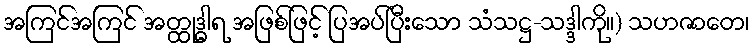
အကြင်အကြင် အတ္ထုဒ္ဓါရ အဖြစ်ဖြင့် ပြအပ်ပြီးသော သံသဋ္ဌ-သဒ္ဒါကို။) သဟဇာတေ၊